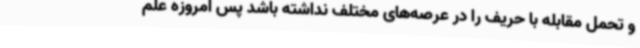
و تحمل مقابله با حریف را در عرصه‌های مختلف نداشته باشد پس امروزه علم